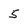
Character: 5